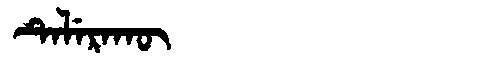
Manchu: ᡨᡝᠯᡝᡵᠠᡴᡡ
Romanization: TELERAKŪ